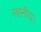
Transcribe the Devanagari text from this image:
सहनीय।